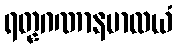
ရတ္နဂဏာနမာလယံ